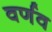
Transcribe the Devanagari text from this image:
वर्णव